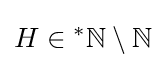
H\in {}^{*}\mathbb {N} \setminus \mathbb {N}